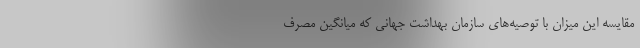
مقایسه این میزان با توصیه‌های سازمان بهداشت جهانی که میانگین مصرف